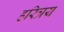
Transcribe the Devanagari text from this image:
हरित्रय